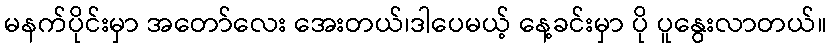
မနက်ပိုင်းမှာ အတော်လေး အေးတယ်၊ဒါပေမယ့် နေ့ခင်းမှာ ပို ပူနွေးလာတယ်။